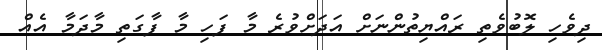
ދިވެހި ލޮބުވެތި ރައްޔިތުންނަށް އަދަށްވުރެ މާ ފަހި މާ ފާގަތި މާދަމާ އެއް